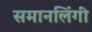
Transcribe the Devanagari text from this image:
समानलिंगी